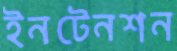
ইনটেনশন